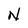
Character: N